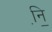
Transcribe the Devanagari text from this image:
नि़॒